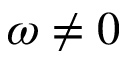
\omega \ne 0